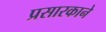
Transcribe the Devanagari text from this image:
प्रसारकाने